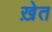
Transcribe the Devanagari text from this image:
ख़ेत